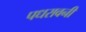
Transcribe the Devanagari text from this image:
पधरावनी